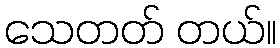
သေတတ် တယ်။